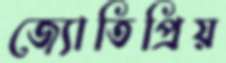
জ্যোতিপ্রিয়